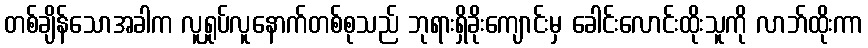
တစ်ချိန်သောအခါက လူရှုပ်လူနောက်တစ်စုသည် ဘုရားရှိခိုးကျောင်းမှ ခေါင်းလောင်းထိုးသူကို လာဘ်ထိုးကာ